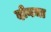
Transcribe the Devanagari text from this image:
दोनचा